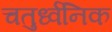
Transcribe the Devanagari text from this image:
चतुर्ध्वनिक